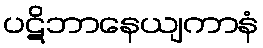
ပဋိဘာနေယျကာနံ